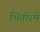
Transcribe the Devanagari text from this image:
भितोरमें